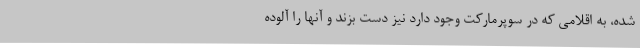
شده، به اقلامی که در سوپرمارکت وجود دارد نیز دست بزند و آنها را آلوده